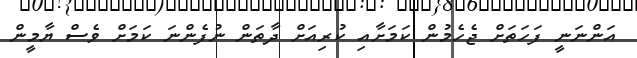
އަންނަނީ ފަހަތަށް ޖެހެމުން ކަމަށާއި ކުރިއަށް ދާތަން ނުފެންނަ ކަމަށް ވެސް ޔާމީން